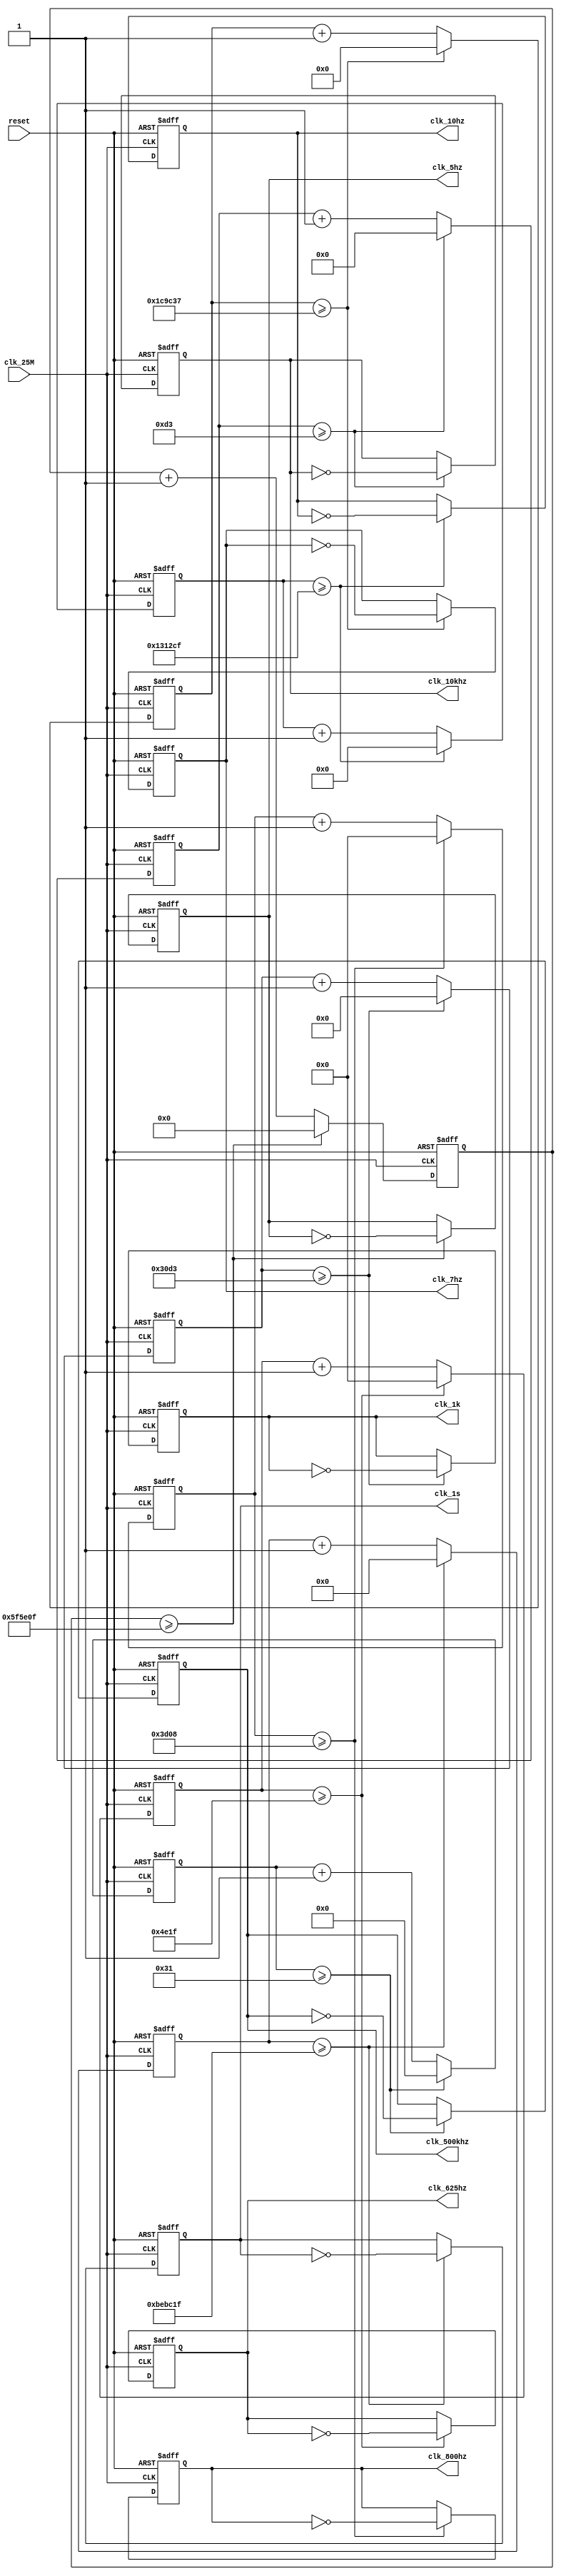
module clk_div(
	input clk_25M, reset,
	output reg clk_1k, clk_1s, clk_10hz, clk_10khz, clk_5hz, clk_500khz, clk_800hz, clk_625hz, clk_7hz
);

reg [14:0]	cnt_1k = 0;
reg [24:0]	cnt_1s = 0;
reg [20:0]	cnt_10hz = 0;
reg [10:0]	cnt_10khz = 0;
reg [23:0]	cnt_5hz = 0;
reg [5:0]	cnt_500khz = 0;
reg [16:0]  cnt_800hz = 0;
reg [16:0]  cnt_625hz = 0;
reg	[21:0]	cnt_7hz = 0;


always @(posedge clk_25M or posedge reset) begin
		
		if(reset == 1'b1) begin
			clk_1k <= 1;
			clk_1s <= 1;
			clk_10hz <= 1;
			clk_5hz <= 1;
			clk_10khz <= 1;
			clk_500khz <= 1; 
			clk_800hz <= 1;
			clk_625hz <= 1;
			clk_7hz <=1;
			cnt_1k <= 0; cnt_1s <= 0; cnt_10hz <= 0; cnt_10khz <= 0; cnt_5hz <= 0; cnt_500khz <= 0; cnt_800hz <= 0; cnt_625hz <= 0; cnt_7hz <= 0;
		end
		
		else begin
			//1KHz
			if(cnt_1k >= 15'd12499)
				begin
					clk_1k <= ~clk_1k;
					cnt_1k <= 0;
			end
			else cnt_1k <= cnt_1k + 1'b1;
			
			
			//1Hz
			if(cnt_1s >= 25'd12499999)
				begin
					clk_1s <= ~clk_1s;
					cnt_1s <= 0;
			end
			else cnt_1s <= cnt_1s + 1'b1;
			
			//10Hz
			if(cnt_10hz >= 21'd1249999)
				begin
					clk_10hz <= ~clk_10hz;
					cnt_10hz <= 0;
			end
			else cnt_10hz <= cnt_10hz + 1'b1;
			
			//10kHz
			if(cnt_10khz >= 11'd12499)
				begin
					clk_10khz <= ~clk_10khz;
					cnt_10khz <= 0;
			end
			else cnt_10khz <= cnt_10khz + 1'b1;
			
			//5hz
			if(cnt_5hz >= 24'd6249999)
				begin
					clk_5hz <= ~clk_5hz;
					cnt_5hz <= 0;
			end
			else cnt_5hz <= cnt_5hz + 1'b1;
			
			//500khz
			if(cnt_500khz >= 6'd49)
				begin
					clk_500khz <= ~clk_500khz;
					cnt_500khz <= 0;
			end

			else cnt_500khz <= cnt_500khz + 1'b1;
			
			//800Hz
			if(cnt_800hz >= 17'd15624)
				begin
					clk_800hz <= ~clk_800hz;
					cnt_800hz <= 0;
			end
			else cnt_800hz <= cnt_800hz + 1'b1;
			
			//625Hz
			if(cnt_625hz >= 17'd19999)
				begin
					clk_625hz <= ~clk_625hz;
					cnt_625hz <= 0;
			end
			else cnt_625hz <= cnt_625hz + 1'b1;
			
			if(cnt_7hz >= 22'd1874999)
				begin
					clk_7hz <= ~clk_7hz;
					cnt_7hz <= 0;
			end
			else cnt_7hz <= cnt_7hz + 1'b1;
		end
	end
endmodule